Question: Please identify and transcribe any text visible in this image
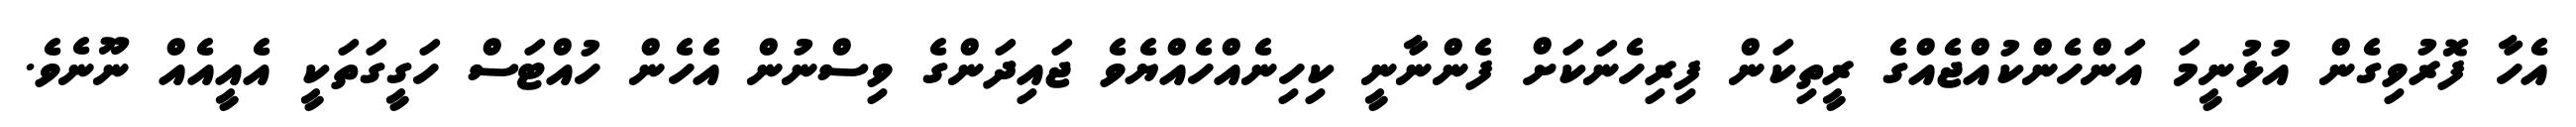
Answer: އެހާ ފޮރުވިގެން އުޅުނީމަ އަންހެންކުއްޖެއްގެ ރީތިކަން ފިރިހެނަކަށް ފެންނާނީ ކިހިނެއްހެއްޔެވެ ޖައިދަންގެ ވިސްނުން އެހެން ހުއްޓަސް ހަގީގަތަކީ އެއީއެއް ނޫނެވެ.